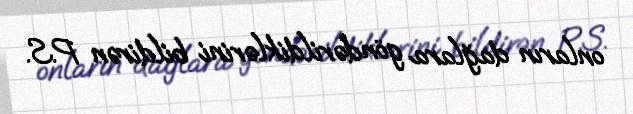
onların dağlara göndərildiklərini bildirən P.S.